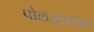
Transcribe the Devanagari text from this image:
पोलअराइज़र